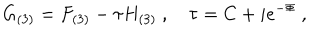
G _ { ( 3 ) } = F _ { ( 3 ) } - \tau H _ { ( 3 ) } \ , \quad \tau = C + i e ^ { - \Phi } \ ,